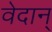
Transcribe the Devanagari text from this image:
वेदान्